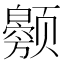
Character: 𬱲